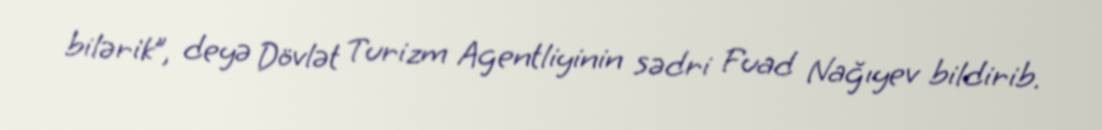
bilərik”, deyə Dövlət Turizm Agentliyinin sədri Fuad Nağıyev bildirib.